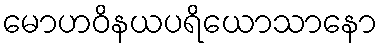
မောဟဝိနယပရိယောသာနော